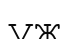
уж